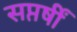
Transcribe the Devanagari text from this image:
सप्तर्षीं